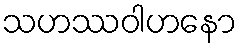
သဟဿဝါဟနော